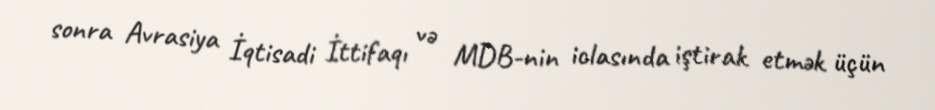
sonra Avrasiya İqtisadi İttifaqı və MDB-nin iclasında iştirak etmək üçün